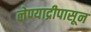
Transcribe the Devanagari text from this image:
लेण्याद्रीपासून